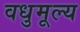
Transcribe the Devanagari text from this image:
वधुमूल्य